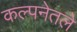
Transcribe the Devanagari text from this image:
कल्पनेतले